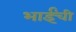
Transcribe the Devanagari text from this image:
भाईंची